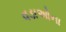
વડાઓના